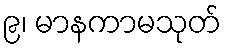
၉၊ မာနကာမသုတ်